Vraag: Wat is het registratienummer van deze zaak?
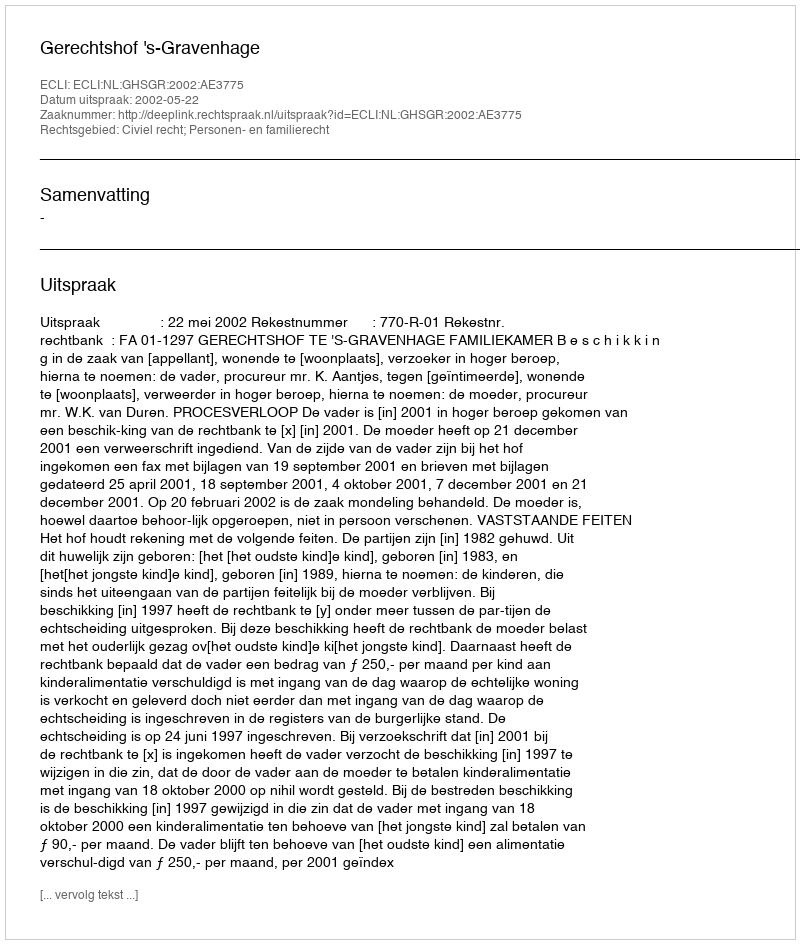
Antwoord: http://deeplink.rechtspraak.nl/uitspraak?id=ECLI:NL:GHSGR:2002:AE3775